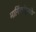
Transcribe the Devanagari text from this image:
मार्गिकांइतके